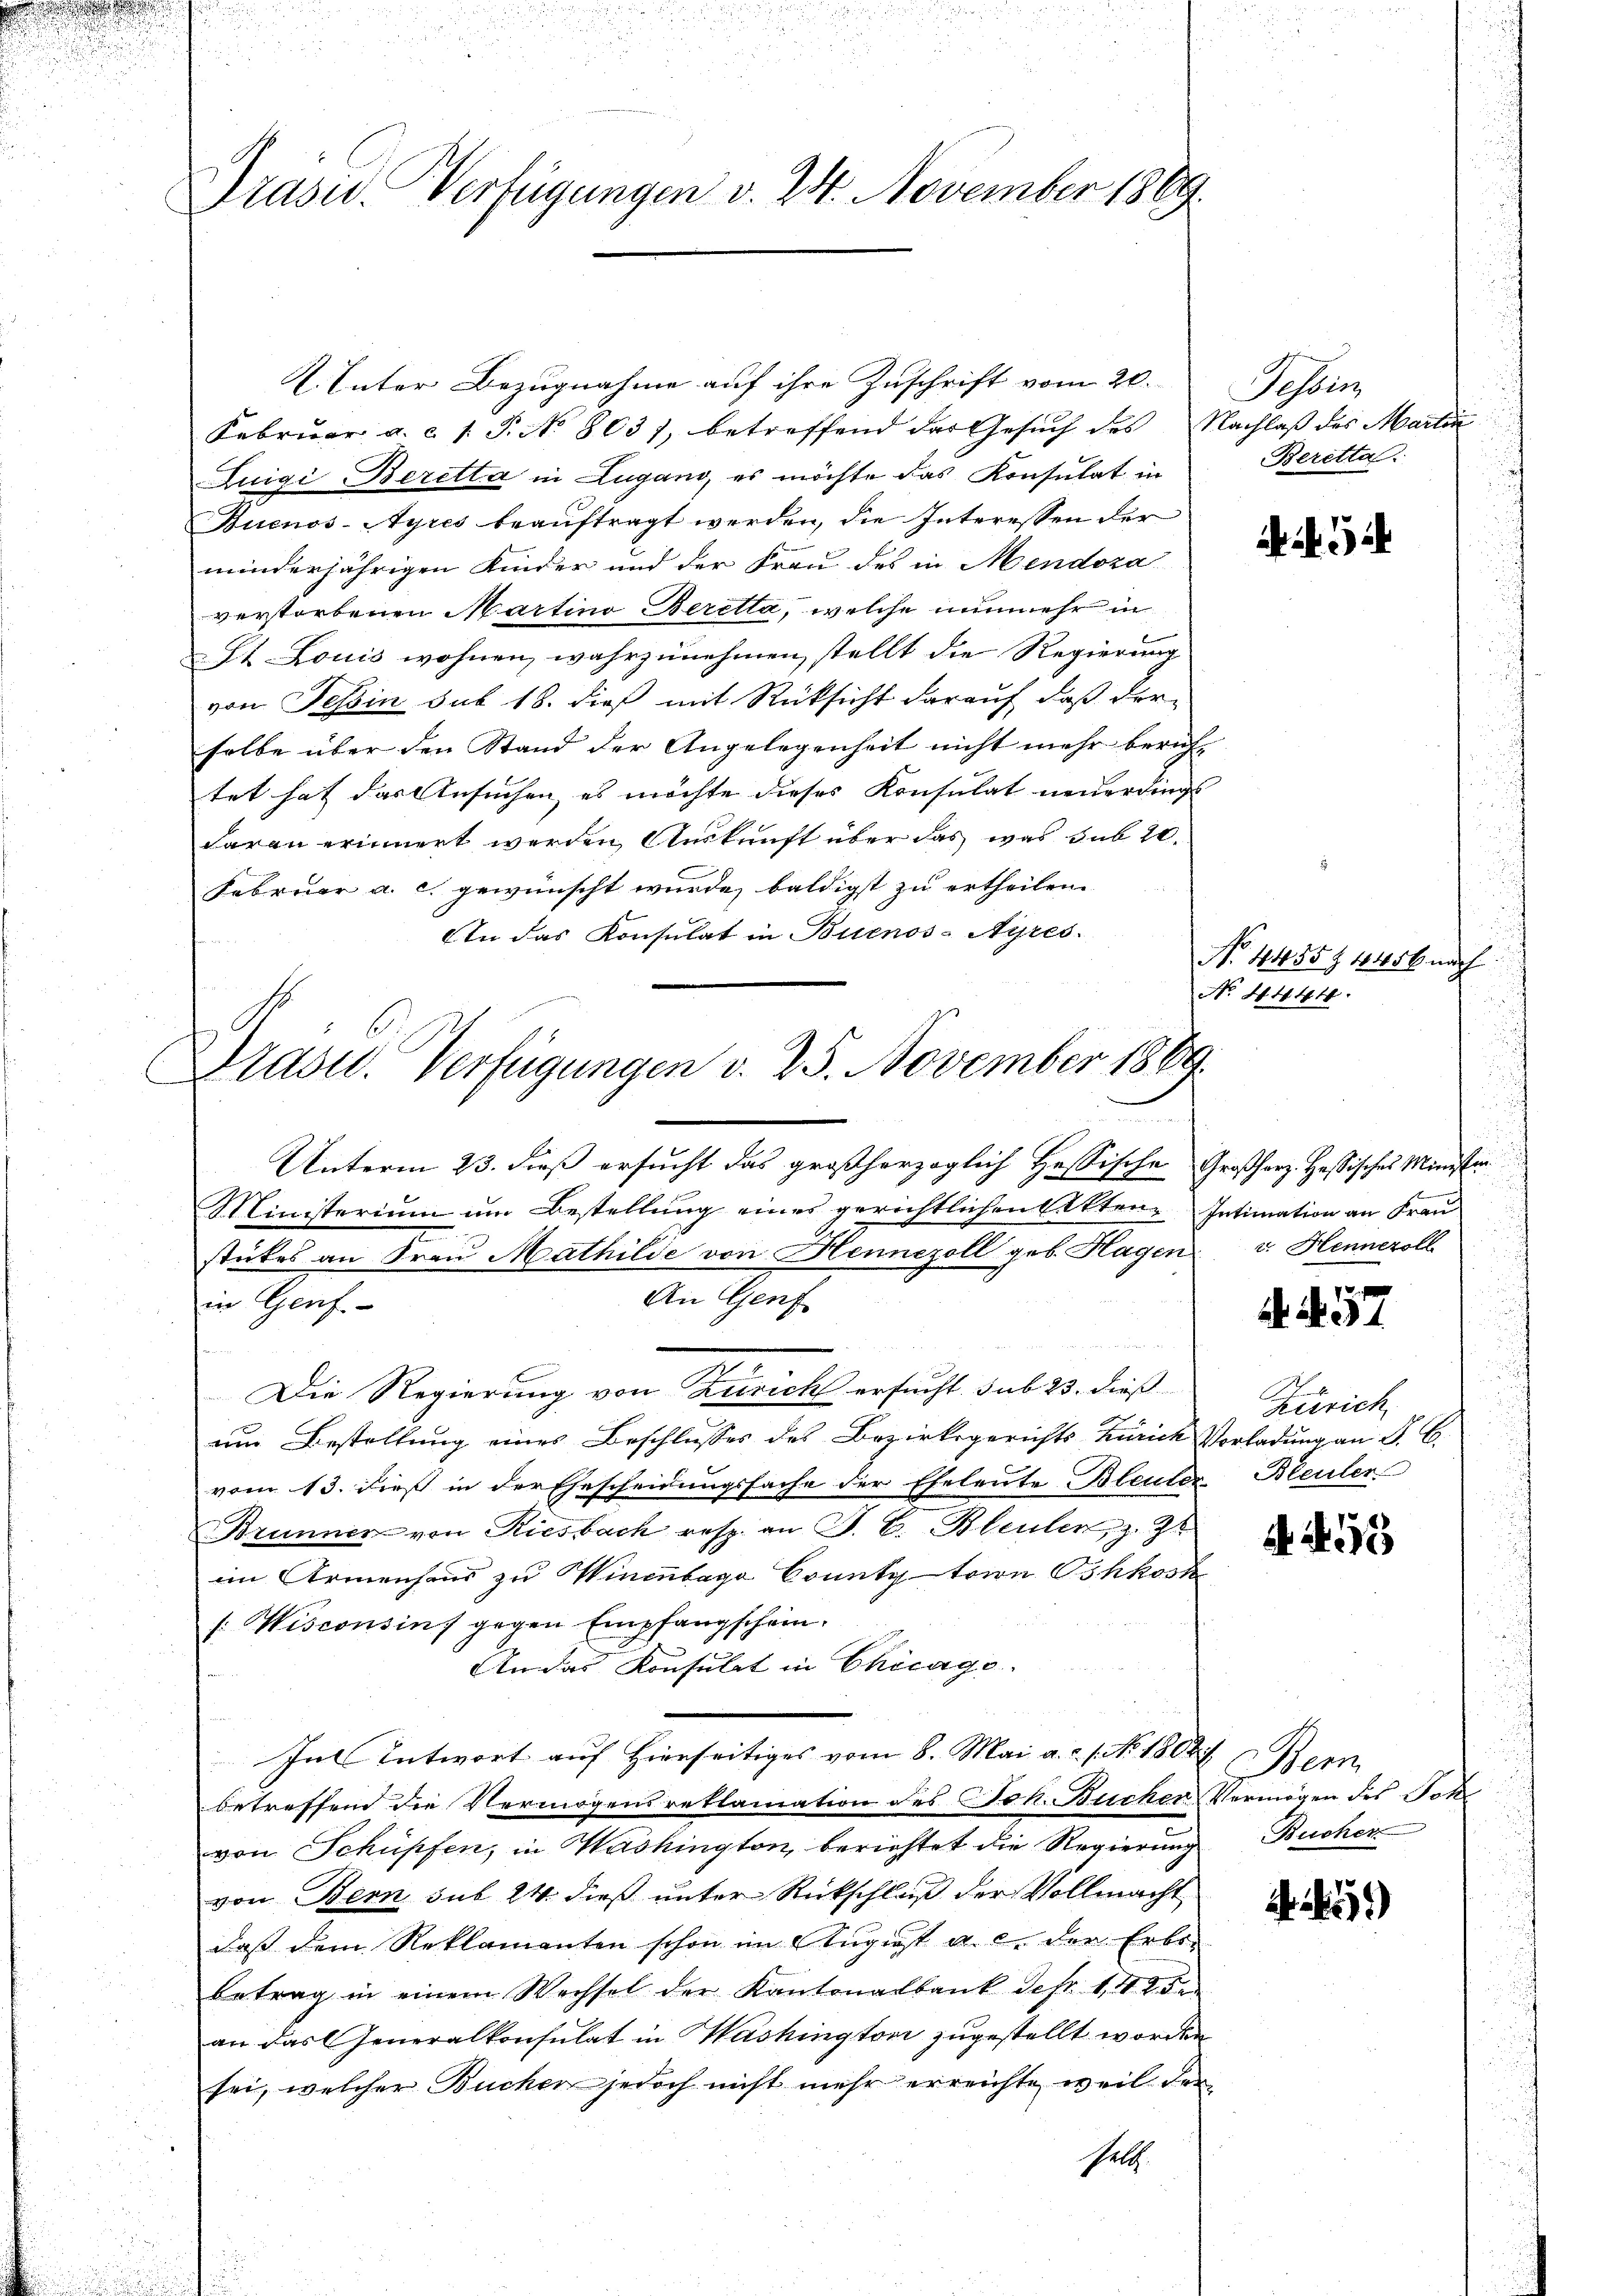
e

Präsid. Verfügungen v. 24. November 1869.

2. Unter Bezugnahme auf ihre Zuschrift vom 20.
Februar a. c. s. S. No. 8031, betreffend der Gesŭch des Nachlaß des Martin
Luigi Beretta in Lugano, es möchte das Konsulat in
Buenos-Ayres beauftragt werden, die Interessen der
minderjährigen Kinder und der Frau des in Mendoza
verstorbenen Martino Beretta, welche nunmehr in
St. Louis wohnen, wahrzunehmen, stellt die Regierung
von Tessin sub 18. dieß mit Rücksicht darauf, daß der
selbe über den Stand der Angelegenheit nicht mehr berichtet hat das Ansuchen, es möchte dieses Konsulat neuerdings
daran erinnert werden Auskunft über das was sub 20.
Februar a. c. gewünscht wurde, baldigst zu ertheilen. |
An das Konsulat in Buenos-Ayres.

rasid. Verfügungen d. 25. November 1889.

Unterm 23. dieß ersucht das großherzoglich Hessische Großherz. Hassisches Minister¬
Ministerium um Bestellung eines gerichtlichen Akten Intimation an Frau
stückes an Frau Mathilde von Hennezoll geb. Hagen v. Henneroll
An Genf
in Genf.
Die Regierung von Zürich ersucht sub 23. dieß
um Bestellung eines Beschlusses des Bezirksgerichts-Zürich Vorladung an F. C.
vom 13. dieß in der Ehescheidungssache der Eheleute Bleuler Bleuler
Brunner von Riesbach resp. an J. C. Bleuler, z. Z
im Armenhaus zu Winenbaga County trin Bhkosk
s: Wisconsins gegen Empfangschein.
An das Konsulat in Chicago
In Entwort auf hierseitiges vom 8. Mai a.c. s. No. 1804.
betreffend die Vermögensreklamation des Joh. Bücher Vermögen des Joh
von Schüpfen, in Washington, berichtet die Regierung Bucher
von Bern sub 24 dieß unter Rückschluß der Vollmacht
dass dem Reklamanten schon im Augiest a. c. der Erbs-
betrag in einem Wechsel der Kantonalbank sehr 142 de
an das Generalkonsulat in Washingtoni zugestellt worden
sei, welcher Bucher jedoch nicht mehr erreichte, weil der
helt.

Pessio
Beretta.
d

No. 4444.

No 11455 Z 18456 nach

N. 4

Zürich

A 455

45)

em